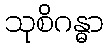
သုစိဂန္ဓာ